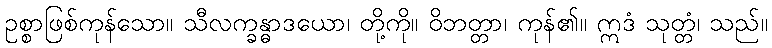
ဥစ္စာဖြစ်ကုန်သော။ သီလက္ခန္ဓာဒယော၊ တို့ကို။ ဝိဘတ္တာ၊ ကုန်၏။ ဣဒံ သုတ္တံ၊ သည်။